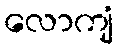
လောကျံ